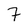
Character: 7